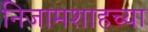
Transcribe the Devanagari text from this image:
निजामशाहच्या